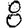
Digit: 8